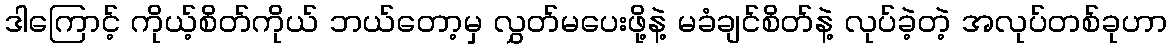
ဒါကြောင့် ကိုယ့်စိတ်ကိုယ် ဘယ်တော့မှ လွှတ်မပေးဖို့နဲ့ မခံချင်စိတ်နဲ့ လုပ်ခဲ့တဲ့ အလုပ်တစ်ခုဟာ